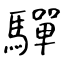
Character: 驒